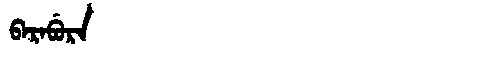
Manchu: ᠪᠠᡵᠠᠪᡠᡵᠠ
Romanization: BARABURA